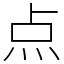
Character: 点